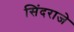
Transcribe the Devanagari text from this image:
सिंदराजे